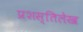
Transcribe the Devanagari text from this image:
प्रशस्तिलेख